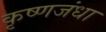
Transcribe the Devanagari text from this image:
कृष्णजंधा